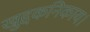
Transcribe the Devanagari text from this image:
खुद्दकनिकाय।